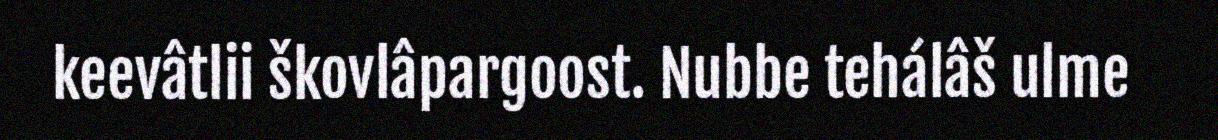
keevâtlii škovlâpargoost. Nubbe tehálâš ulme